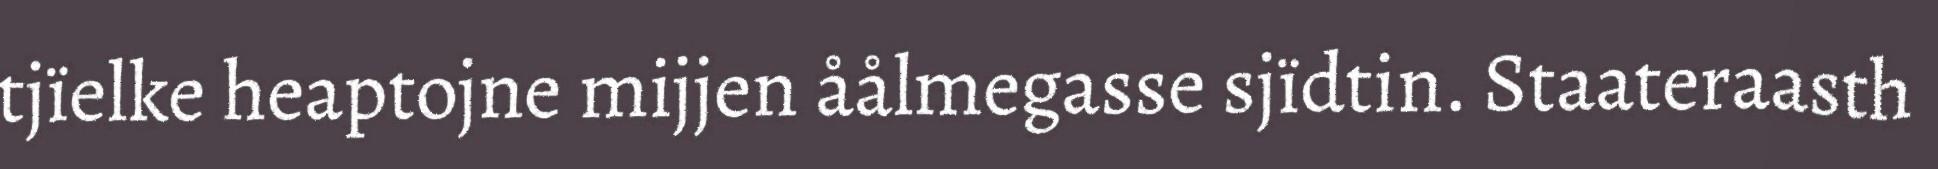
tjïelke heaptojne mijjen åålmegasse sjïdtin. Staateraasth